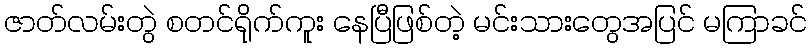
ဇာတ်လမ်းတွဲ စတင်ရိုက်ကူး နေပြီဖြစ်တဲ့ မင်းသားတွေအပြင် မကြာခင်